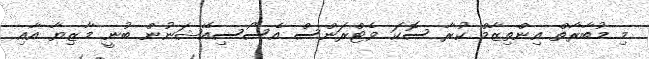
މި މުބާރާތް އިންތިޒާމް ކުރާ ސޮކަ ވެޓްރަންސް އެސޯސިއޭޝަނުން ބުނީ މާޒިޔާ އާއި